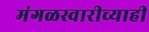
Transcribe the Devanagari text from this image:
मंगळस्वारीच्याही